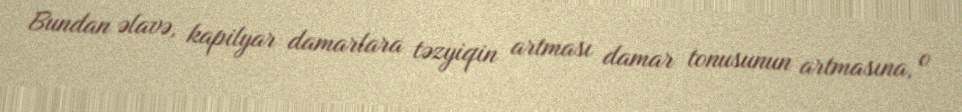
Bundan əlavə, kapilyar damarlara təzyiqin artması damar tonusunun artmasına, o